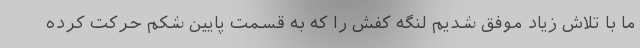
ما با تلاش زیاد موفق شدیم لنگه کفش را که به قسمت پایین شکم حرکت کرده